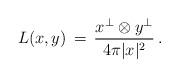
LaTeX: \begin{align*}L(x,y) \, = \, \frac{x^{\perp}\otimes y^{\perp}}{4\pi |x|^2}\,. \end{align*}